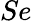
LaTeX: Se